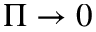
\Pi \to 0